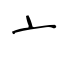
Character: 亠